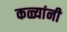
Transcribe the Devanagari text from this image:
कळ्यांनी